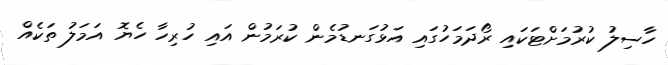
ހާސިލު ކުރުމަށްޓަކައި ރޯދަމަހުގައި އަޅުގަނޑުމެން ކުރަމުން އައި ހުރިހާ ހެޔޮ އަމަލު ތަކެއް